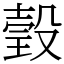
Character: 瑴